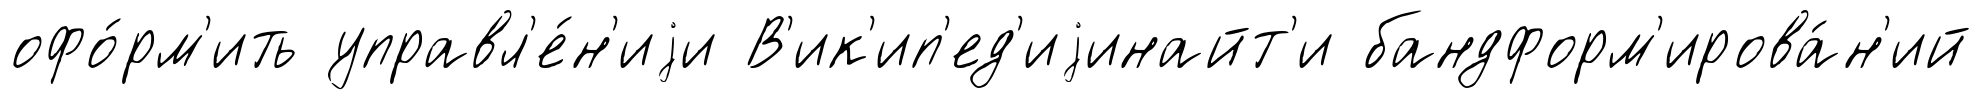
офо́рм'ить управл'е́н'иjи В'ик'ип'ед'иjинайт'и бандформ'ирова́н'ий